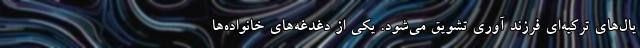
یال‌های ترکیه‌ای فرزند آوری تشویق می‌شود. یکی از دغدغه‌های خانواده‌ها